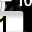
Digit: 1